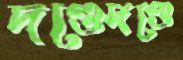
দণ্ডেদণ্ডে